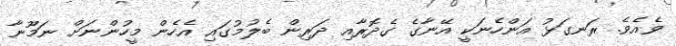
ވެއެވެ. ރަނގަޅު އަންހެނަކީ އޭނާގެ ގެދޮރާއި ދަރިން ބެލުމުގައި އެހެން މީހުންނަށް ނަމޫނާ